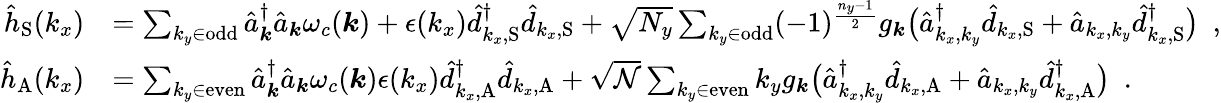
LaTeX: \begin{array}{rl}{{\hat{h}}_{\mathrm{S}}(k_{x})}&{=\sum_{{k_{y}\in\mathrm{odd}}}\hat{a}_{\boldsymbol k}^{\dagger}\hat{a}_{\boldsymbol k}\omega_{c}({\boldsymbol k})+\epsilon(k_{x})\hat{d}_{k_{x},\mathrm{S}}^{\dagger}\hat{d}_{k_{x},\mathrm{S}}+\sqrt{N_{y}}\sum_{k_{y}\in\mathrm{odd}}(-1)^{\frac{n_{y}-1}{2}}{g_{\boldsymbol k}}\big(\hat{a}_{k_{x},k_{y}}^{\dagger}\hat{d}_{k_{x},\mathrm{S}}+\hat{a}_{{k_{x},k_{y}}}\hat{d}_{k_{x},\mathrm{S}}^{\dagger}\big)~~,}\\ {{\hat{h}}_{\mathrm{A}}({k_{x}})}&{=\sum_{{k_{y}\in\mathrm{even}}}\hat{a}_{\boldsymbol k}^{\dagger}\hat{a}_{\boldsymbol k}\omega_{c}({\boldsymbol k})\epsilon(k_{x})\hat{d}_{k_{x},\mathrm{A}}^{\dagger}\hat{d}_{k_{x},\mathrm{A}}+\sqrt{\mathcal{N}}\sum_{k_{y}\in\mathrm{even}}k_{y}{g_{\boldsymbol k}}\big(\hat{a}_{k_{x},k_{y}}^{\dagger}\hat{d}_{k_{x},\mathrm{A}}+\hat{a}_{{k_{x},k_{y}}}\hat{d}_{k_{x},\mathrm{A}}^{\dagger}\big)~~.}\end{array}